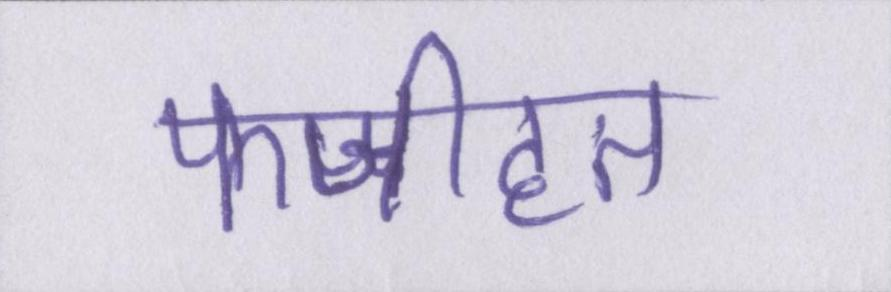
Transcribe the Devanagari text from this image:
फजीहत